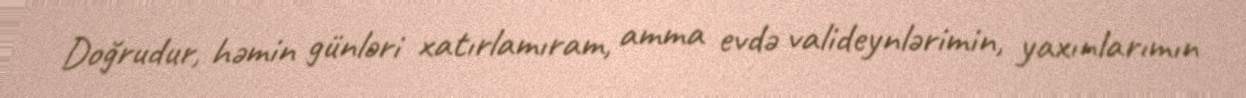
Doğrudur, həmin günləri xatırlamıram, amma evdə valideynlərimin, yaxınlarımın